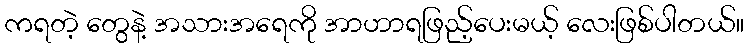
ကရတဲ့ တွေနဲ့ အသားအရေကို အာဟာရဖြည့်ပေးမယ့် လေးဖြစ်ပါတယ်။